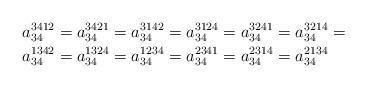
LaTeX: \begin{align*}a_{34}^{3412} & =a_{34}^{3421}=a_{34}^{3142}=a_{34}^{3124}=a_{34}^{3241}=a_{34}^{3214}=\\a_{34}^{1342} & =a_{34}^{1324}=a_{34}^{1234}=a_{34}^{2341}=a_{34}^{2314}=a_{34}^{2134}\end{align*}